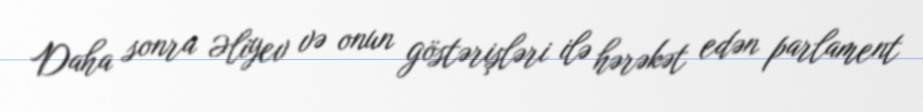
Daha sonra Əliyev və onun göstərişləri ilə hərəkət edən parlament